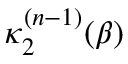
\kappa _ { 2 } ^ { ( n - 1 ) } ( \beta )